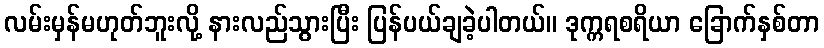
လမ်းမှန်မဟုတ်ဘူးလို့ နားလည်သွားပြီး ပြန်ပယ်ချခဲ့ပါတယ်။ ဒုက္ကရစရိယာ ခြောက်နှစ်တာ